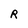
Character: R